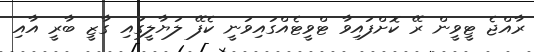
ރާއްޖެ ޓީވީން ރޭ ކޮށްފައިވާ ޓްވީޓެއްގައިވަނީ ކެފޭ ލަޔާލީގައި ގާޒީ ބާރީ އާއި